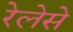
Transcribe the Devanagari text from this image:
रेलेसे